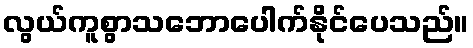
လွယ်ကူစွာသဘောပေါက်နိုင်ပေသည်။